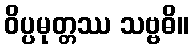
ဝိပ္ပမုတ္တဿ သဗ္ဗဓိ။